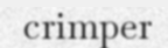
crimper